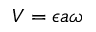
V = \epsilon a \omega